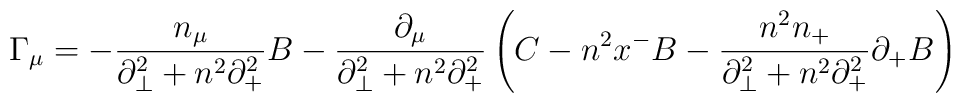
{\Gamma}_{\mu}=-\frac{n_{\mu}}{{\partial}_{\bot}^2+n^2{\partial}_+^2}B-\frac{{\partial}_{\mu}}{{\partial}_{\bot}^2+n^2{\partial}_+^2}\left( C-n^2x^-B-\frac{n^2n_+}{{\partial}_{\bot}^2+n^2{\partial}_+^2}{\partial}_+B \right)